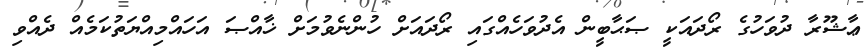
ޢާޝޫރާ ދުވަހުގެ ރޯދައަކީ ޞަޙާބީން އެދުވަހެއްގައި ރޯދައަށް ހުންނެވުމަށް ޚާއްޞަ އަހައްމިއްޔަތުކަމެއް ދެއްވި